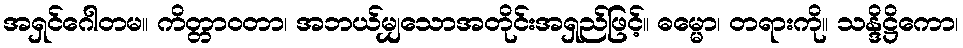
အရှင်ဂေါတမ။ ကိတ္တာဝတာ၊ အဘယ်မျှသောအတိုင်းအရှည်ဖြင့်။ ဓမ္မော၊ တရားကို။ သန္ဒိဋ္ဌိကော၊